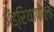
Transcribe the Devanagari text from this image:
अँड्रियापोल